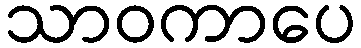
သာဝကာပေ